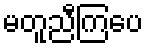
မတူညီကြပေ